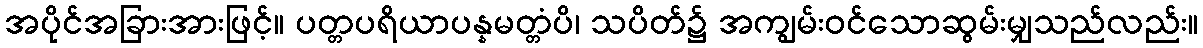
အပိုင်အခြားအားဖြင့်။ ပတ္တပရိယာပန္နမတ္တံပိ၊ သပိတ်၌ အကျွမ်းဝင်သောဆွမ်းမျှသည်လည်း။